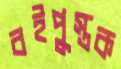
বইপুস্তক